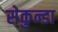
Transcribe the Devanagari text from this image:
सेकुन्डा